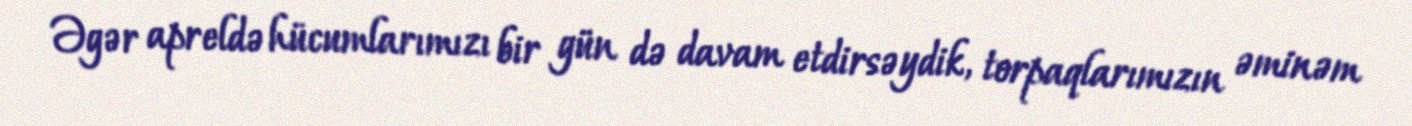
Əgər apreldə hücumlarımızı bir gün də davam etdirsəydik, torpaqlarımızın əminəm